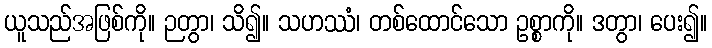
ယူသည်အဖြစ်ကို။ ဉတွာ၊ သိ၍။ သဟဿံ၊ တစ်ထောင်သော ဥစ္စာကို။ ဒတွာ၊ ပေး၍။